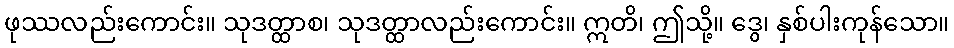
ဖုဿလည်းကောင်း။ သုဒတ္ထာစ၊ သုဒတ္ထာလည်းကောင်း။ ဣတိ၊ ဤသို့။ ဒွေ၊ နှစ်ပါးကုန်သော။